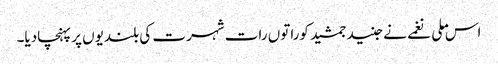
اس ملی نغمے نے جنید جمشید کوراتوں رات شہرت کی بلندیوں پر پہنچادیا۔